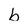
Character: b